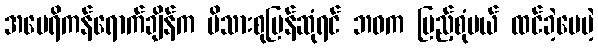
အမေရိကန်ရောက်ချိန်က မိသားစုပြန်ဆုံရင် ဘဝက ပြည့်စုံမယ် ထင်ခဲ့ပေမဲ့